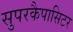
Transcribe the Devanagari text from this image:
सुपरकैपासिटर